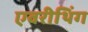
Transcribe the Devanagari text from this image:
एवरीथिंग